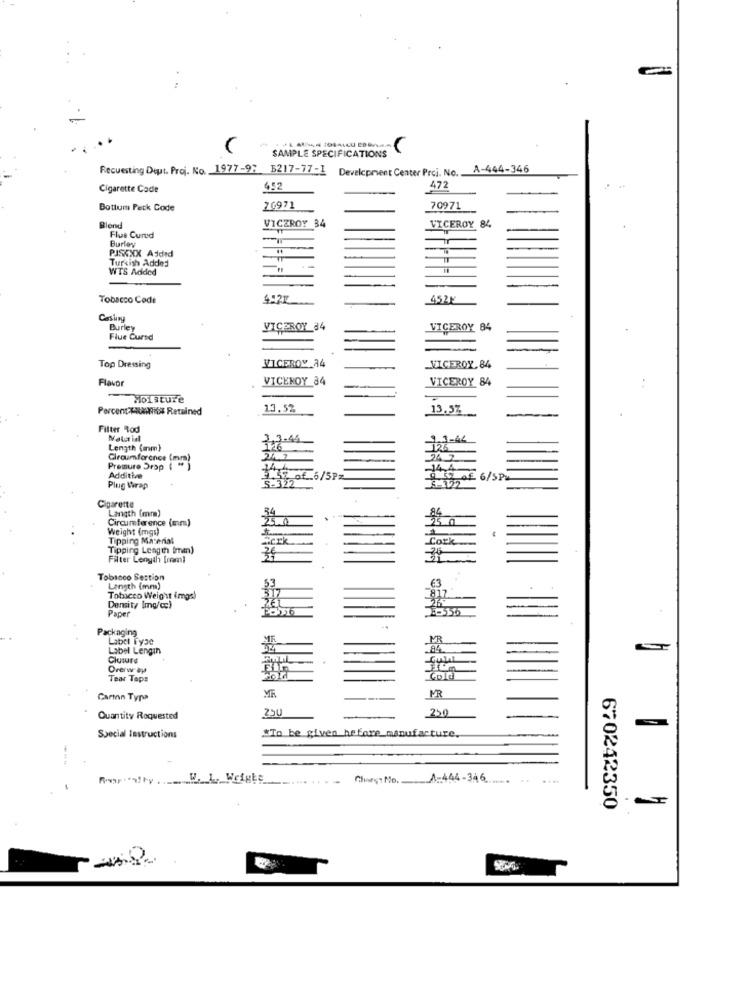
SAMPLE SPECIFICATIONS
Recuesting Deut. Proj. No. 1977-97 5217-77-1 Development
B217-77-1
Development Center Proi. No.
A-444-346
Cigarette Code
452
472
Bottum Peck Code
20971
70971
VICEROY 34
VICEROY 84
Flus Cured
Burley
PJSXXX Added
Turkish Added
WTS Added
Tobacco Code
452M
Casing
Burley
VICEROY 84
VICEROY 84
Flue Cursd
VICEROY 34
Top Dressing
_VICEROY, 84
Flavor
VICEROY 84
VICEROY 84
Moisture
Percent FRAmibs Retained
13.52
13.57
Filter Tod
3.1-44
Length (anm}
124
Circumference (mm)
_24 7
Premure Drop
144
-14.4.
Additive
5-322
9,5% of 6/5Pz
0 AE 6/5PM
Plug Wrap
Cigarette
Langth (mm]
Circumference (mm)
250
Weight (mgs)
Tipping Material
Berk
Cork
Tipping Length (mm)
Filter Length [rom)
Tobacco Section
53
€3
Length (mm)
317
Tobiceo Weight imgel
817
Density Img/cc)
Paper
Packaging
Label Ty3e
Label Length
84
Clusure
Overway
Cold
Tear Tape
ME.
Carin Typa
MR
250
250
Quantity Roquested
*To be given before manufacture
Special lastructions
ChargeNo, A-444-346
670242350